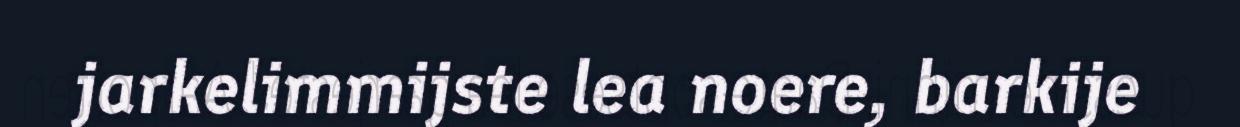
jarkelimmijste lea noere, barkije